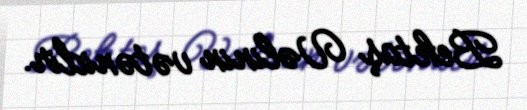
Bektaş Vəlinin vətənidir.